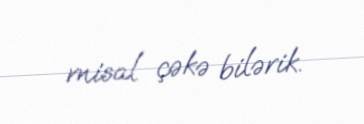
misal çəkə bilərik.